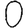
Digit: 0